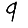
Digit: 9